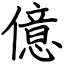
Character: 億